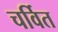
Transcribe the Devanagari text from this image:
चर्वित